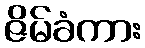
ဇိမ်ခံကား